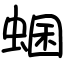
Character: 蜠